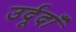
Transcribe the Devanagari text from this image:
उर्दूदाँ